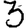
Digit: 3